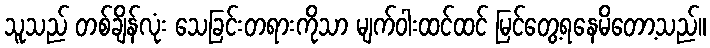
သူသည် တစ်ချိန်လုံး သေခြင်းတရားကိုသာ မျက်ဝါးထင်ထင် မြင်တွေ့ရနေမိတော့သည်။